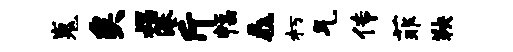
嵬矣揭港斤幅毳朽气传菲鞅